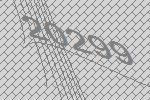
20299